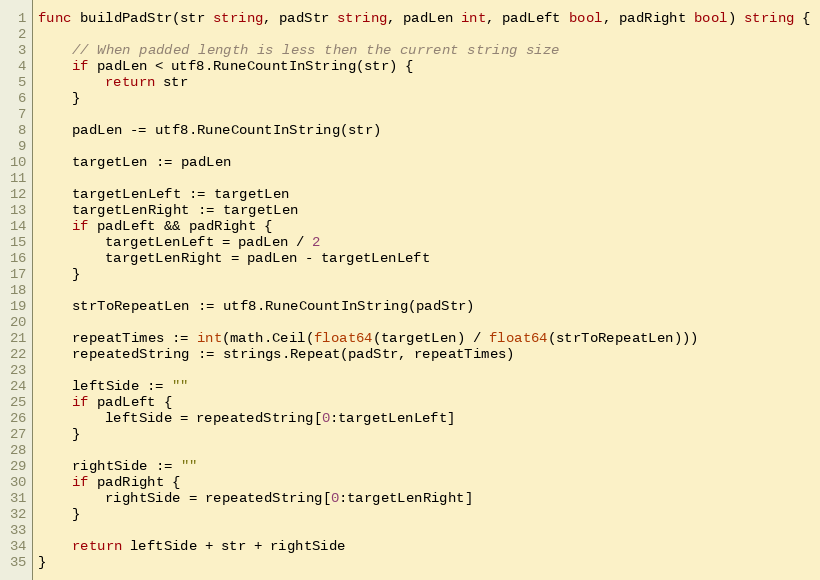
Language: Go
func buildPadStr(str string, padStr string, padLen int, padLeft bool, padRight bool) string {

	// When padded length is less then the current string size
	if padLen < utf8.RuneCountInString(str) {
		return str
	}

	padLen -= utf8.RuneCountInString(str)

	targetLen := padLen

	targetLenLeft := targetLen
	targetLenRight := targetLen
	if padLeft && padRight {
		targetLenLeft = padLen / 2
		targetLenRight = padLen - targetLenLeft
	}

	strToRepeatLen := utf8.RuneCountInString(padStr)

	repeatTimes := int(math.Ceil(float64(targetLen) / float64(strToRepeatLen)))
	repeatedString := strings.Repeat(padStr, repeatTimes)

	leftSide := ""
	if padLeft {
		leftSide = repeatedString[0:targetLenLeft]
	}

	rightSide := ""
	if padRight {
		rightSide = repeatedString[0:targetLenRight]
	}

	return leftSide + str + rightSide
}